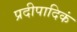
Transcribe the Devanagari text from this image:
प्रदीपादिकं